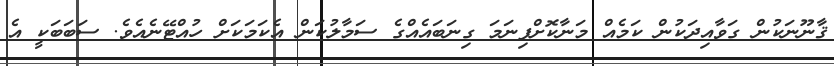
ޤާނޫނަކުން ގަވާއިދަކުން ކަމެއް މަނާކޮށްފިނަމަ ގިނަބައެއްގެ ސަމާލުކަން އެކަމަކަށް ހުއްޓޭނެއެވެ. ސަބަބަކީ އެ